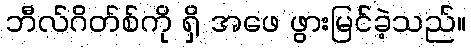
ဘီလ်ဂိတ်စ်ကို ရှိ အဖေ ဖွားမြင်ခဲ့သည်။